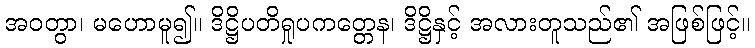
အဝတွာ၊ မဟောမူ၍။ ဒိဋ္ဌိပတိရှုပကတ္တေန၊ ဒိဋ္ဌိနှင့် အလားတူသည်၏ အဖြစ်ဖြင့်။